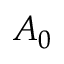
A _ { 0 }